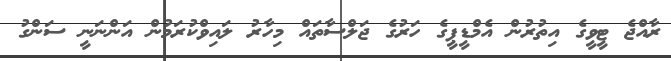
ރާއްޖެ ޓީވީގެ އިތުރުން އެމްޑީޕީގެ ހަރުގެ ޖަލްސާތައް މިހާރު ލައިވްކުރަމުން އަންނަނީ ސަންގު